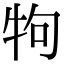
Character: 𤘽